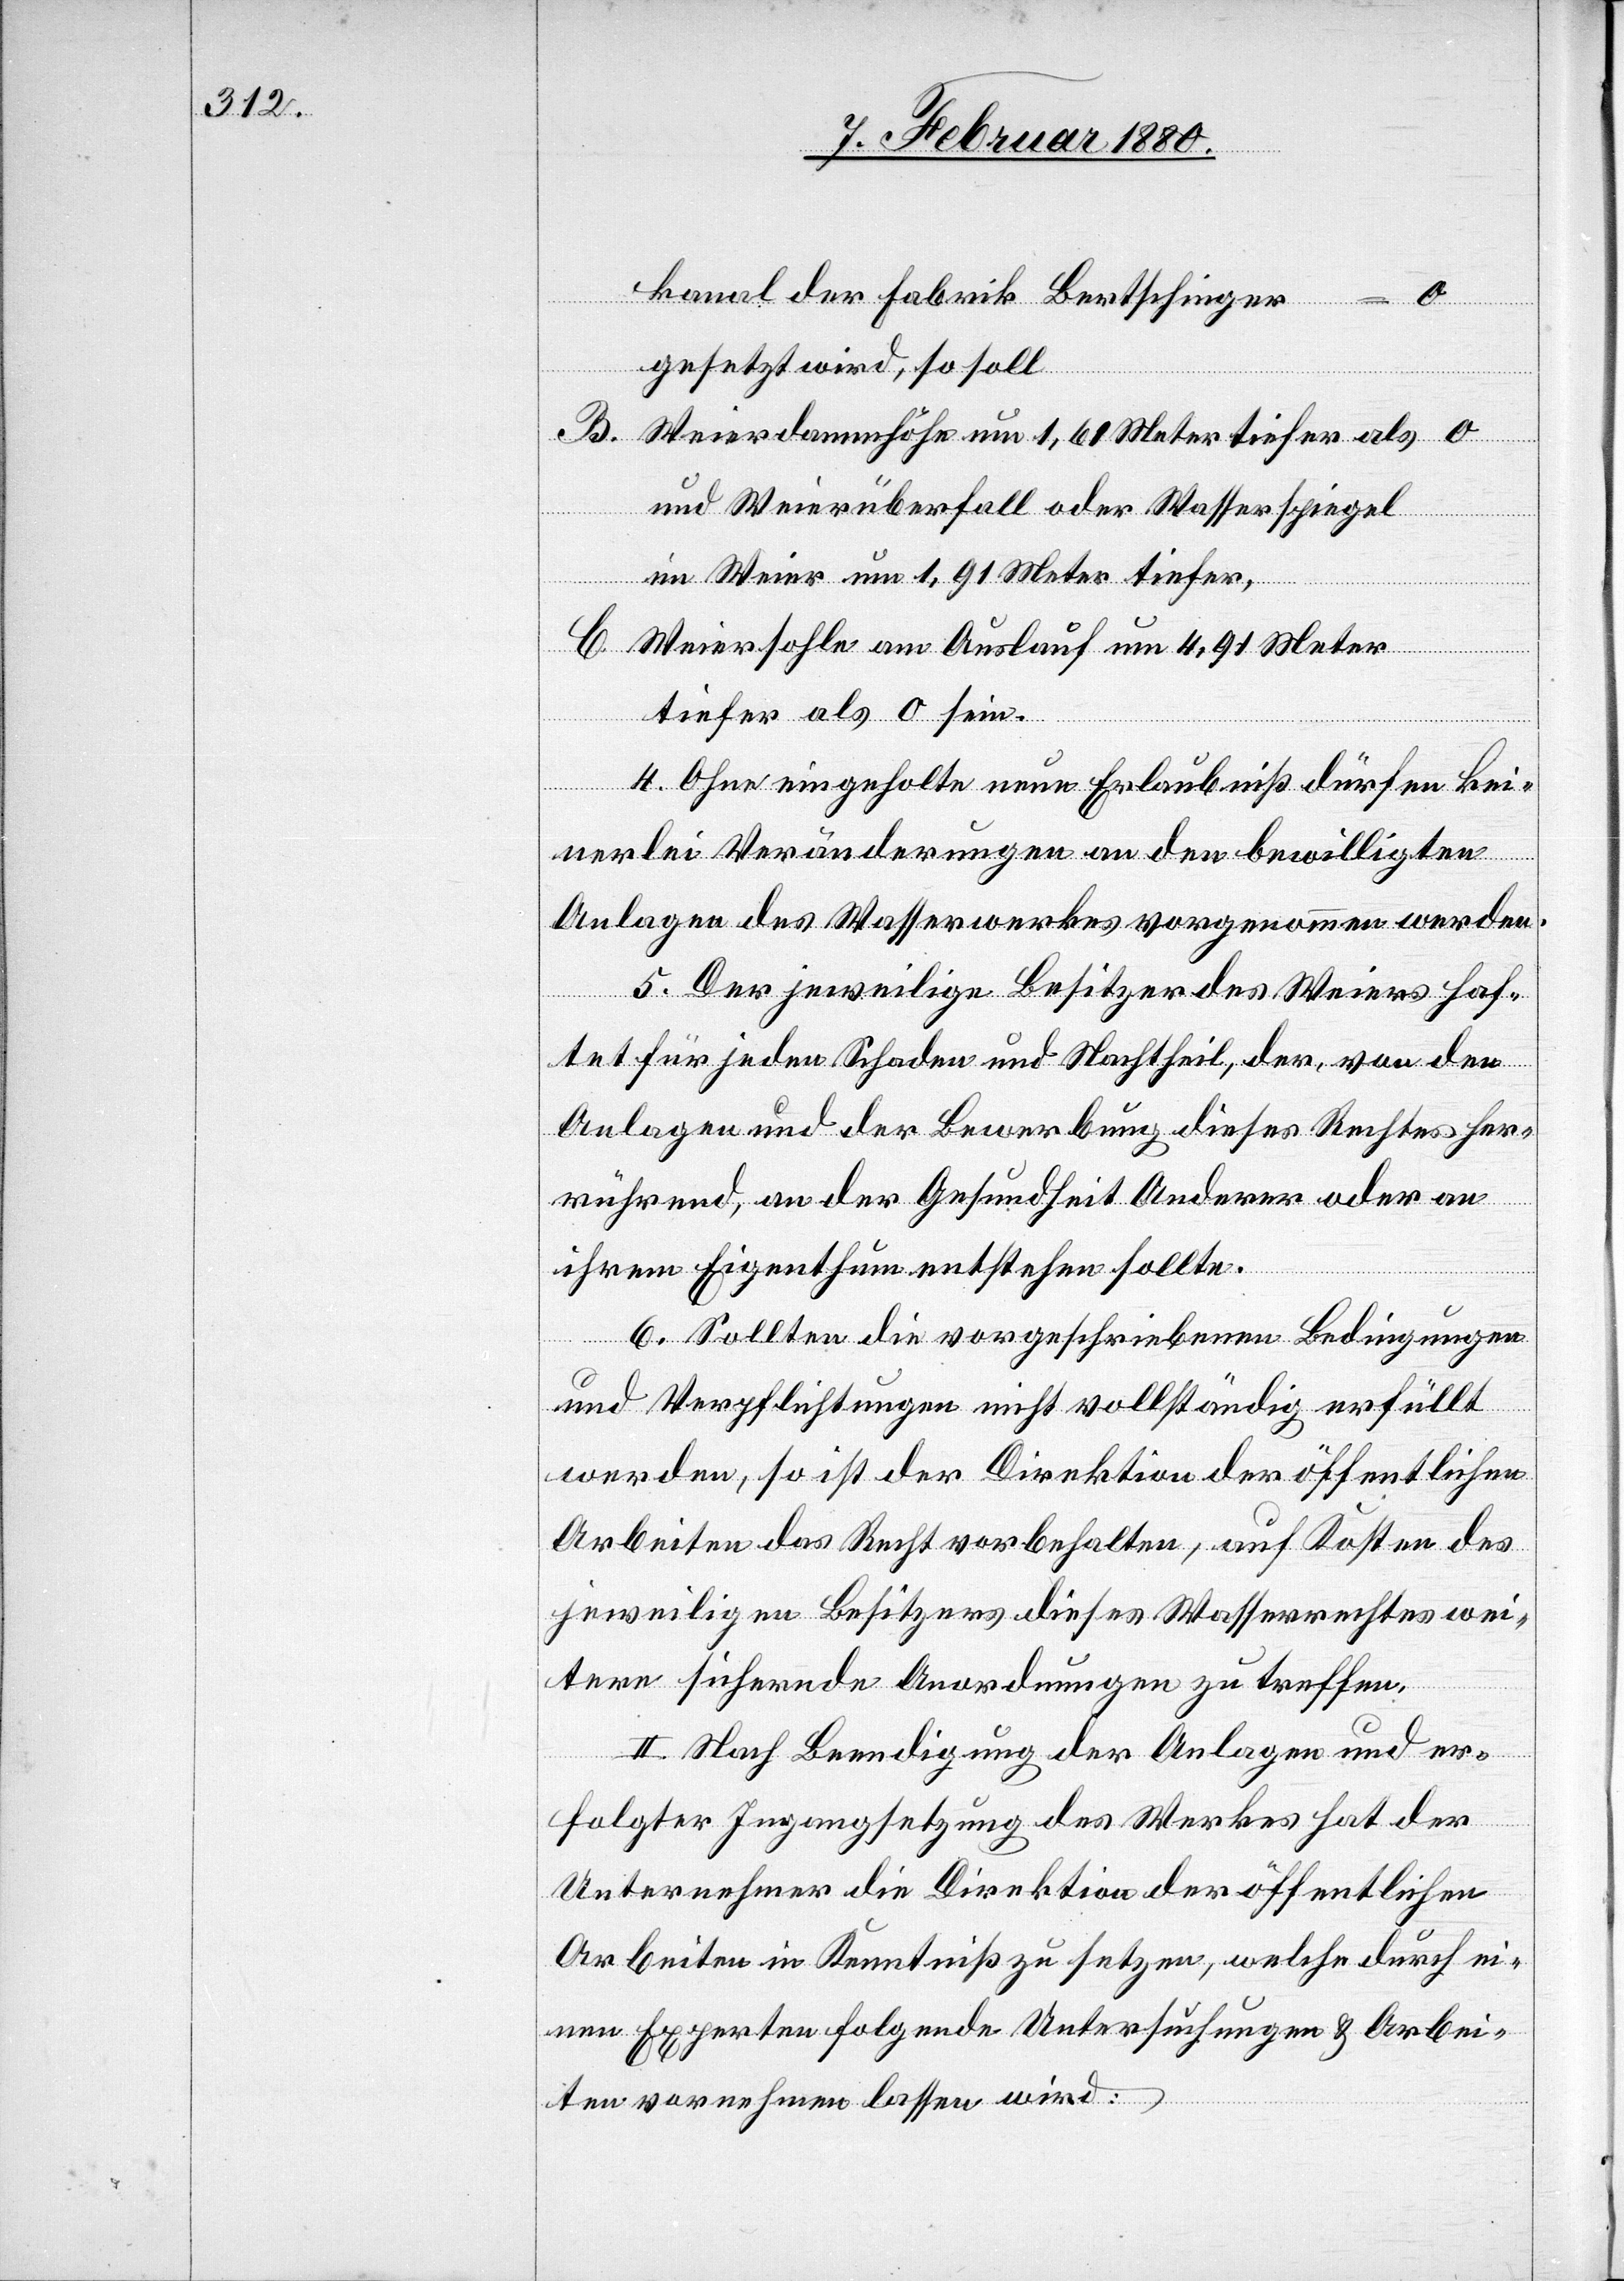
kanal der Fabrik Bertschinger
0
gesetzt wird, so soll
B
Weierdammhöhe um 1,61 Meter tiefer als 0
und Weierüberfall oder Wasserspiegel
C.
im Weier um 1,91 Meter tiefer,
Weiersohle am Auslauf um 4,91 Meter
tiefer als 0 sein.
4. Ohne eingeholte neue Erlaubniß dürfen kei¬
nerlei Veränderungen an den bewilligten
Anlagen des Wasserwerkes vorgenommen werden.
5. Der jeweilige Besitzer des Weiers haf¬
tet für jeden Schaden und Nachtheil, der, von den
Anlagen und der Bewerbung dieses Rechtes her¬
rührend, an der Gesundheit Anderer oder an
ihrem Eigenthum entstehen sollte.
6. Sollten die vorgeschriebenen Bedingungen
und Verpflichtungen nicht vollständig erfüllt
werden, so ist der Direktion der öffentlichen
Arbeiten das Recht vorbehalten, auf Kosten des
jeweiligen Besitzers dieses Wasserrechtes wei¬
tere sichernde Anordnungen zu treffen.
II. Nach Beendigung der Anlagen und er¬
folgter Ingangsetzung des Werkes hat der
Unternehmer die Direktion der öffentlichen
Arbeiten in Kenntniß zu setzen, welche durch ei¬
nen Experten folgende Untersuchungen & Arbei¬
ten vornehmen lassen wird: